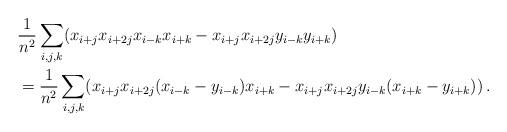
LaTeX: \begin{align*}&\frac{1}{n^2}\sum_{i,j,k} (x_{i+j}x_{i+2j} x_{i-k} x_{i+k}-x_{i+j}x_{i+2j} y_{i-k}y_{i+k})\\&= \frac{1}{n^2}\sum_{i,j,k} (x_{i+j}x_{i+2j} (x_{i-k}-y_{i-k}) x_{i+k}-x_{i+j}x_{i+2j} y_{i-k}(x_{i+k}-y_{i+k}))\, .\end{align*}